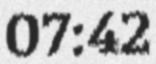
07:42